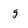
Character: g